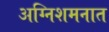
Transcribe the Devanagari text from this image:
अग्निशमनात